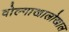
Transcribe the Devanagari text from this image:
वोल्गाखालोखाल